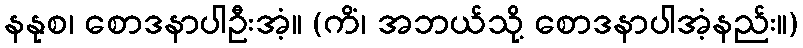
နနုစ၊ စောဒနာပါဦးအံ့။ (ကိံ၊ အဘယ်သို့ စောဒနာပါအံ့နည်း။)